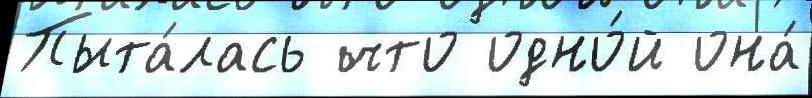
Пыта́лась что одно́й она́